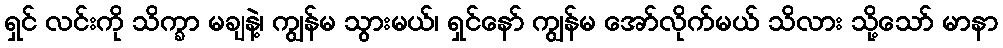
ရှင် လင်းကို သိက္ခာ မချနဲ့၊ ကျွန်မ သွားမယ်၊ ရှင်နော် ကျွန်မ အော်လိုက်မယ် သိလား သို့သော် မာနာ